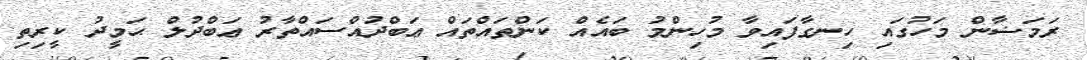
ރަމަޟާން މަހުގައި ހިނގާފައިވާ މުހިންމު ބައެއް ކަންތައްތައް ޢަބްދުއްސައްތާރު ޢަބްދުލް ޙަމީދު ކީރިތި